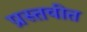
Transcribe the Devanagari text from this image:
प्रस्तवीत